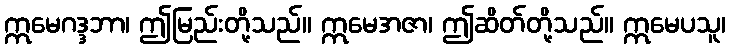
ဣမေဂဒ္ဒဘာ၊ ဤမြည်းတို့သည်။ ဣမေအဇာ၊ ဤဆိတ်တို့သည်။ ဣမေပသူ၊